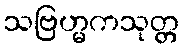
သဗြဟ္မကသုတ္တ